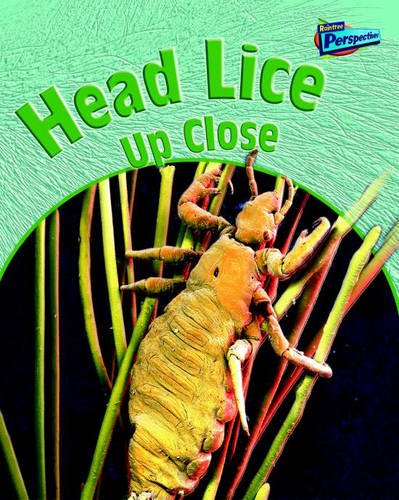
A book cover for Head Lice Up Close (Raintree Perspectives: Minibeasts Up Close) (Raintree Perspectives: Minibeasts Up Close); Greg Pyres; Health, Fitness & Dieting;